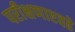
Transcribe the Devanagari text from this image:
परीक्षणाएवढे